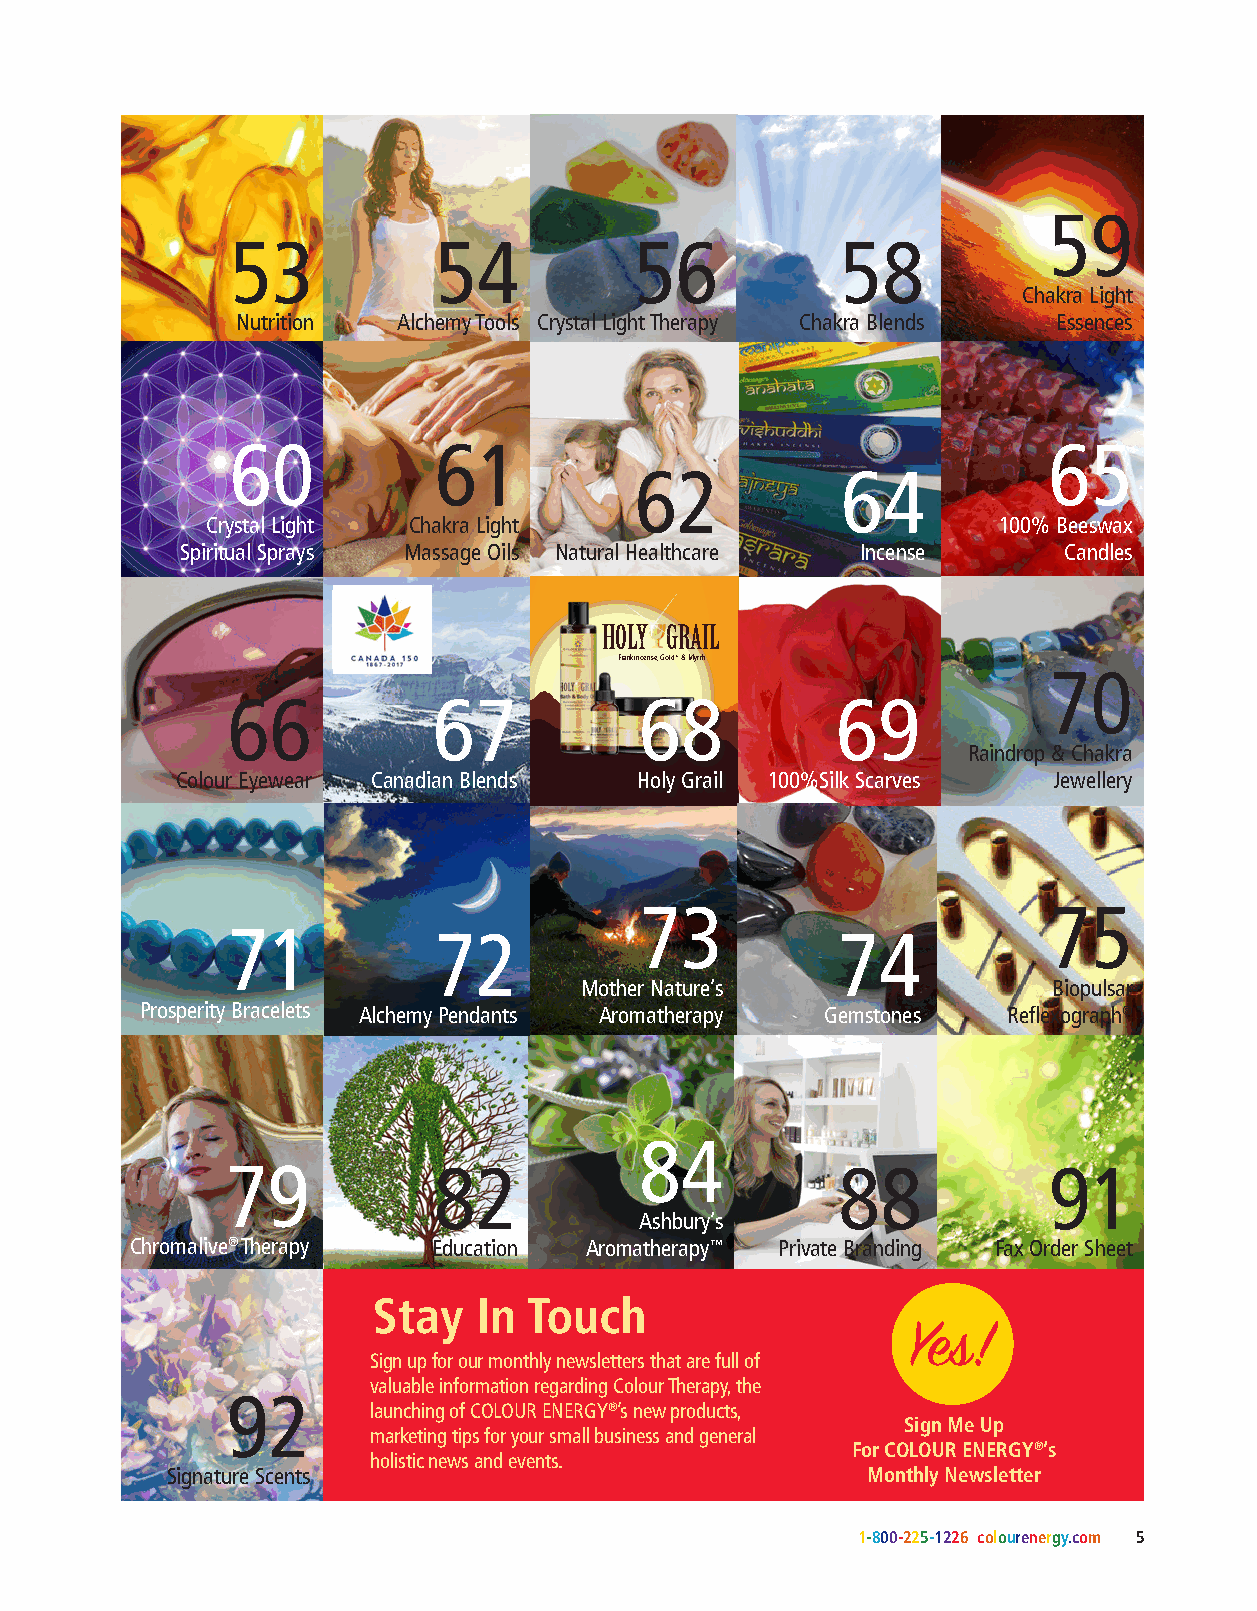
59
 53            54           56            58
 Chakra Light
 Nutrition Alchemy Tools Crystal Light Therapy Chakra Blends Essences
 60            61                                      65
 62            64
 Crystal Light Chakra Light                          100% Beeswax
 Spiritual Sprays Massage Oils Natural Healthcare Incense  Candles
 HOLY GRAIL
 Frankincense, Gold* & Myrrh
 70
 66            67           68           69
 Raindrop & Chakra
 Colour Eyewear Canadian Blends Holy Grail 100%Silk Scarves Jewellery
 PLACE YOUR ORDER TODAY!
 Call Toll-Free 1-800-225-1226 or 604-687-3757
 www.colourenergy.com www.ashburys.com
 73                         75
 71            72                        74
 Mother Nature’s                 Biopulsar
 Prosperity Bracelets Alchemy Pendants Aromatherapy Gemstones Reflexograph®
 84
 79            82                        88            91
 Ashbury’s
 Chromalive® Therapy Education Aromatherapy™ Private Branding Fax Order Sheet
 Stay   In Touch
 Yes!
 Sign up for our monthly newsletters that are full of
 valuable information regarding Colour Therapy, the
 92
 launching of COLOUR ENERGY®’s new products,
 Sign Me Up
 marketing tips for your small business and general
 For COLOUR ENERGY®’s
 holistic news and events.
 Signature Scents                              Monthly Newsletter
 1-800-225-1226 colourenergy.com 5